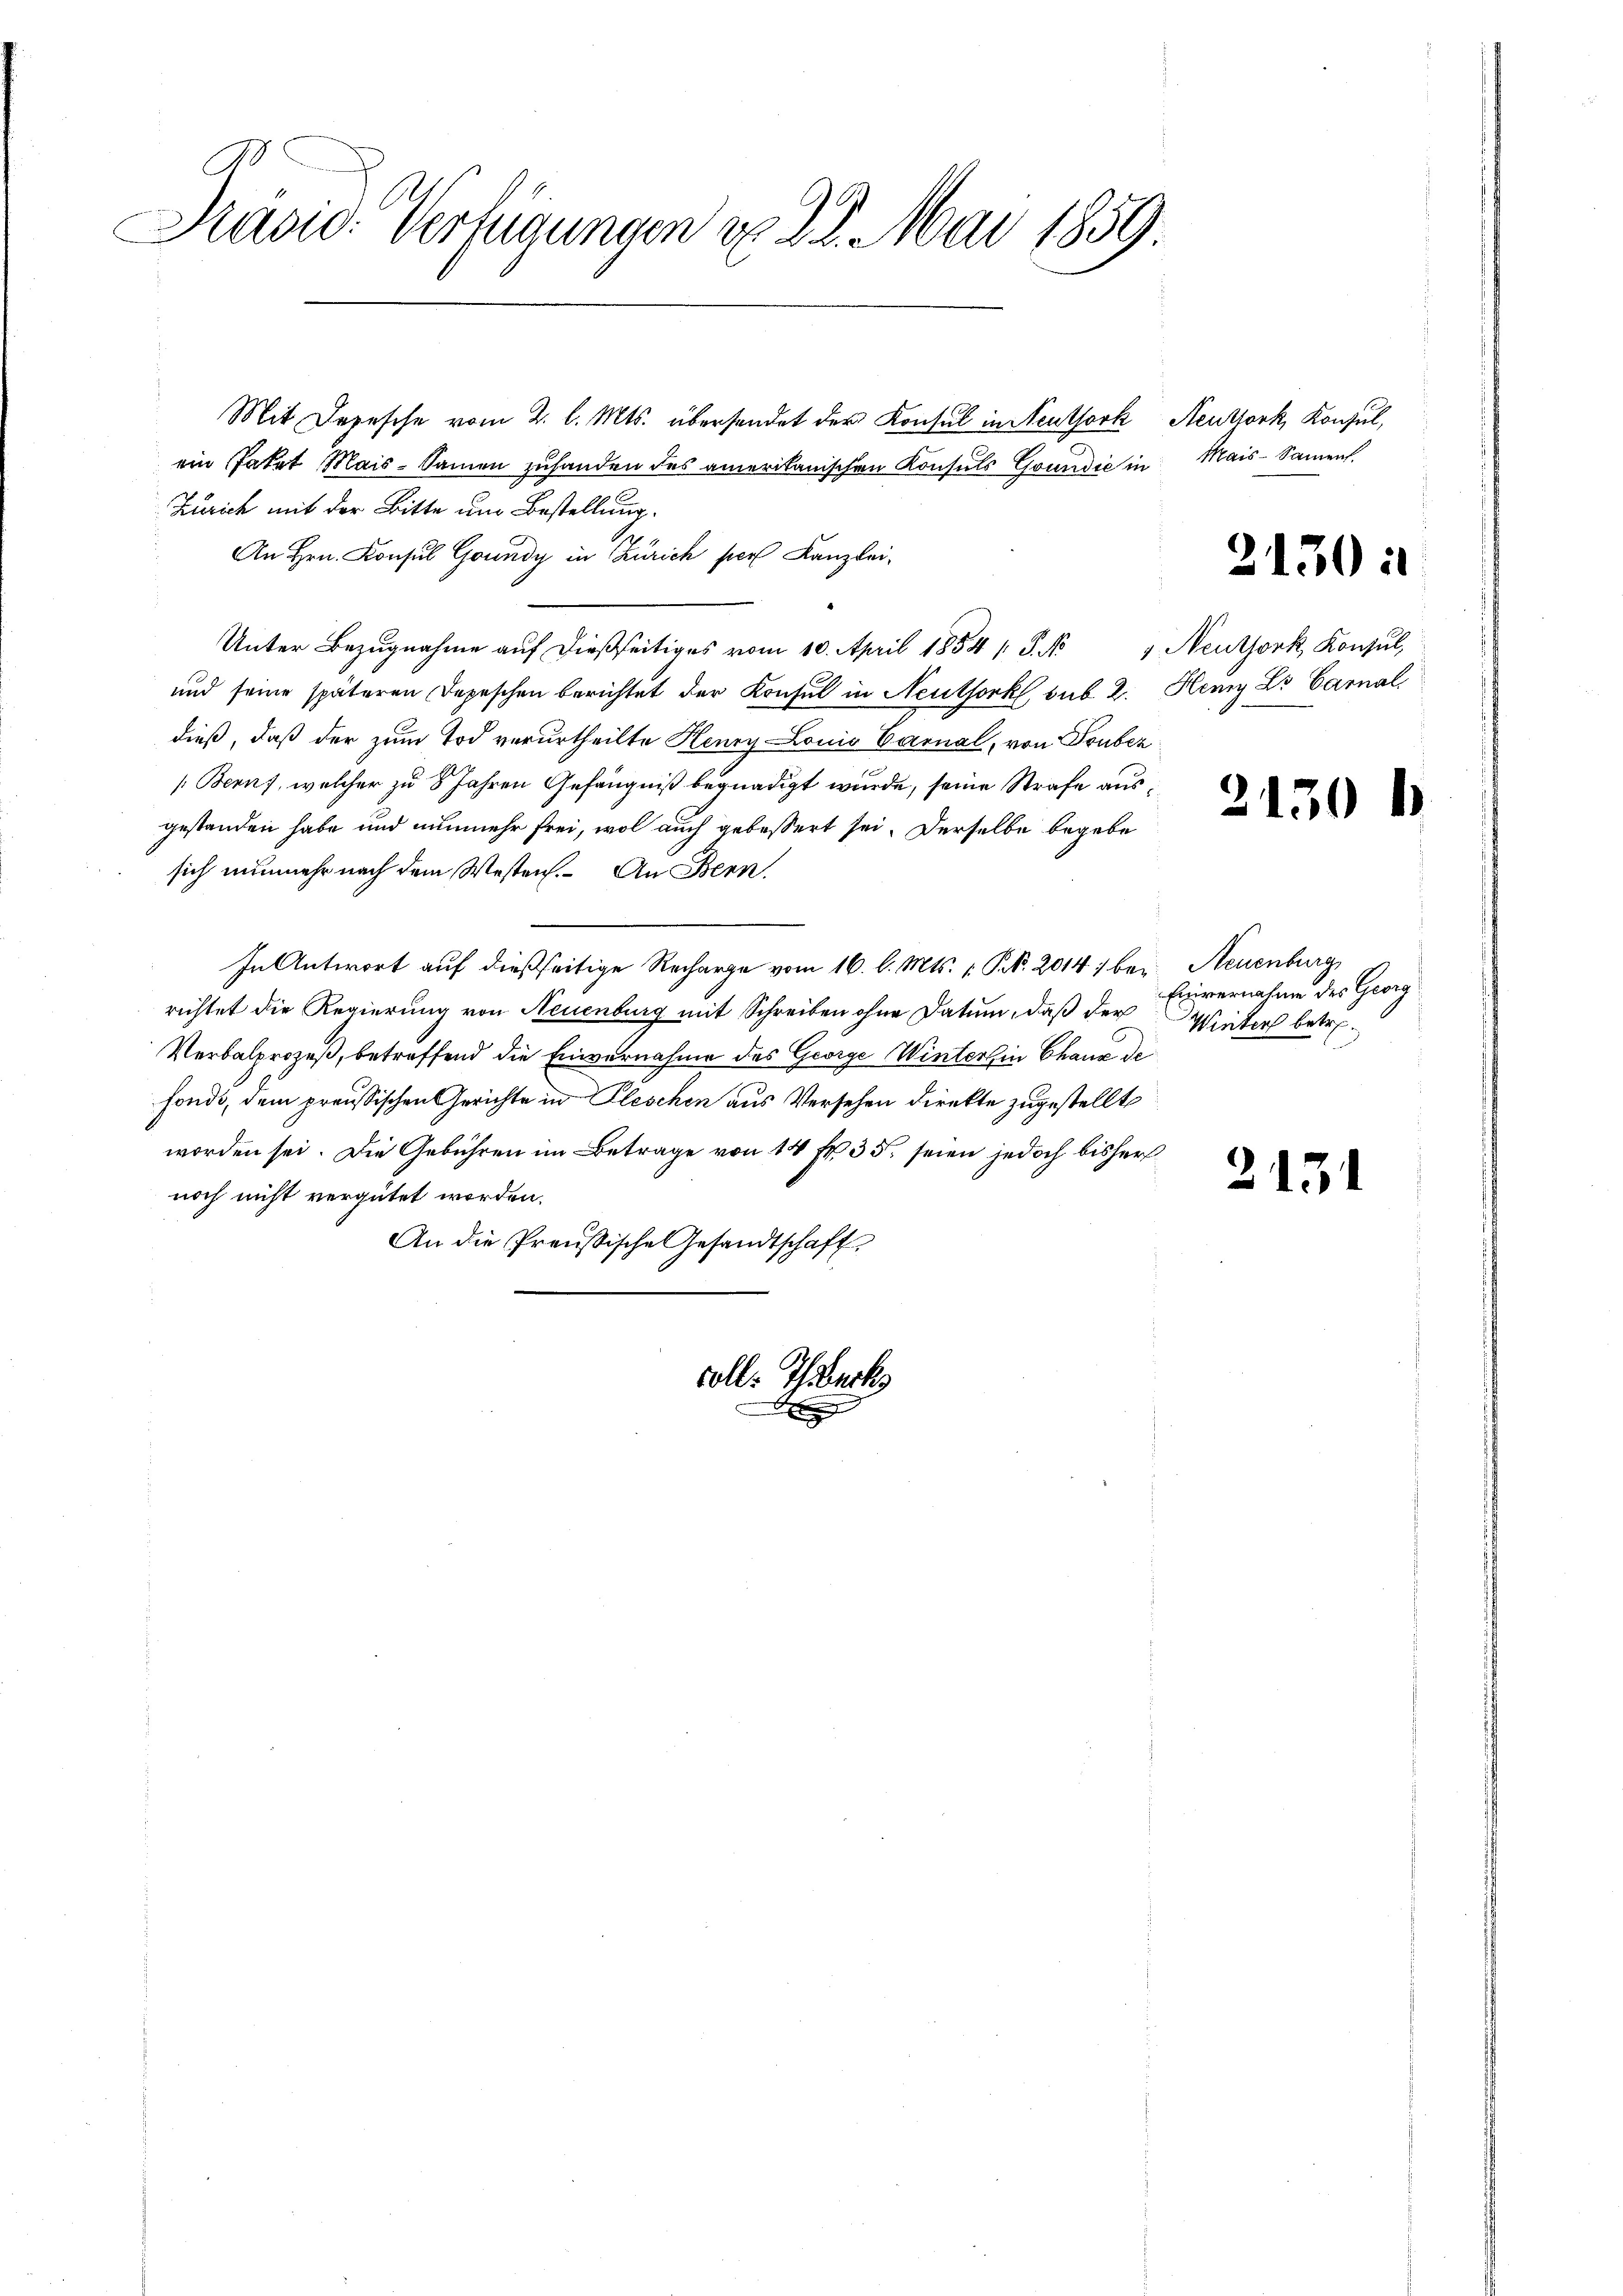
Rasic: Verfügungen v. 22. Mai 1859.

Mit Depesche vom 2. l. Mts. übersendet der Konsul in Neuthork
ein Paket Mais-Samen zuhanden des amerikanischen Konsuls Goundić in
Zürich mit der Bitte um Bestellung.
An Hrn. Konsul Goundy in Zürich per Kanzlei-
Unter Bezugnahme aŭf dießseitiges vom 10. April 1854 1 S. No 1 Neuthork, Konsul,
und seine späteren Depeschen berichtet der Konsul in Neuthork, sub 2.
dieß, daß der zum Tod verurtheilte Henry Louis Carnal, von Truber
Berns, welcher zu 8 Jahren Gefängniß begnadigt wurde, seine Strafe ausgestanden habe und nunmehr frei, wol auch gebessert sei. Derselbe begebe
sich nunmehr nach dem Westen. An Bern,
In Antwort auf dießseitige Recharge vom 16. l. Mts. 1. Pr. 2014 ; bei Neuenburg
richtet die Regierung von Neuenburg mit Schreiben ohne Datum, daß der
Verbalprozeß, betreffend die Einvernahme des George Winterlin Chaux de
fonds, dem preussischen Gerichte in Pleschen aus Versehen direkte zugestellt
worden sei. Die Gebühren im Betrage von 14 fr. 35. seien jedoch bisher
noch nicht vergütet worden.
An die Preußische Gesandtschaft

volle Thalerk

B

Neuthork, Konsul,
Mais-Sament

2130 i

Hemy Do Carnal

2130 l.

Einvernahme des Georg
Winters betre¬

.

2151